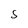
Character: S